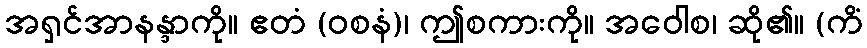
အရှင်အာနန္ဒာကို။ ဧတံ (ဝစနံ)၊ ဤစကားကို။ အဝေါစ၊ ဆို၏။ (ကိံ